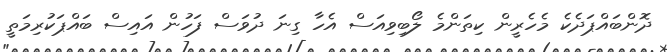
ދޮންބައްޕަދެކެ މެހެރީން ކިތަންމެ ލޯބިވިއަސް އެހާ ގިނަ ދުވަސް ފަހުން އައިސް ބައްޕަކުރިމަތީ